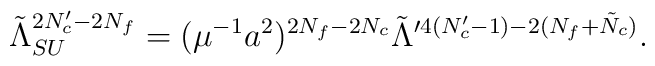
\tilde{\Lambda}_{SU}^{2N_c'-2N_f}=(\mu^{-1}a^2)^{2N_f-2N_c}     \tilde{\Lambda}^{\prime 4(N_c'-1)-2(N_f+\tilde{N}_c)}.